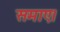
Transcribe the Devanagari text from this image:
समाए।